Annual administration and progress report of the Indian Medical Department, Bombay
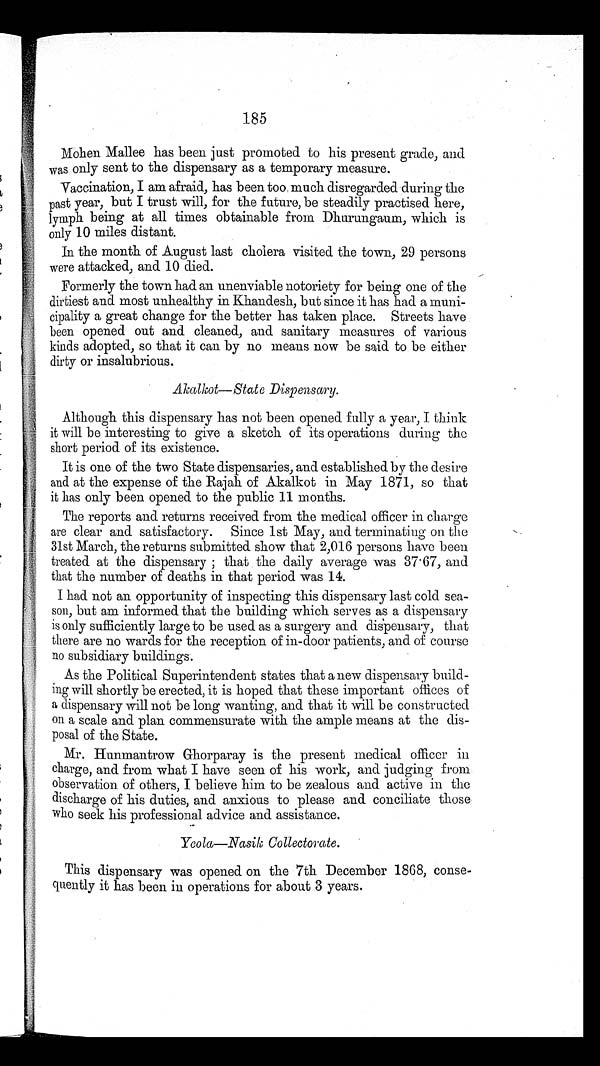
185
Mohen Mallee has been just promoted to his present grade, and
was only sent to the dispensary as a temporary measure.
Vaccination, I am afraid, has been too much disregarded during the
past year, but I trust will, for the future, be steadily practised here,
lymph being at all times obtainable from Dhurungaum, which is
only 10 miles distant.
In the month of August last cholera visited the town, 29 persons
were attacked, and 10 died.
Formerly the town had an unenviable notoriety for being one of the
dirtiest and most unhealthy in Khandesh, but since it has had a muni
-cipality a great change for the better has taken place. Streets have
been opened out and cleaned, and sanitary measures of various
kinds adopted, so that it can by no means now be said to be either
dirty or insalubrious.
Akalkot—State Dispensary.
Although this dispensary has not been opened fully a year, I think
it will be interesting to give a sketch of its operations during the
short period of its existence.
It is one of the two State dispensaries, and established by the desire
and at the expense of the Rajah of Akalkot in May 1871, so that
it has only been opened to the public 11 months.
The reports and returns received from the medical officer in charge
are clear and satisfactory. Since 1st May, and terminating on the
31st March, the returns submitted show that 2,016 persons have been
treated at the dispensary ; that the daily average was 37.67, and
that the number of deaths in that period was 14.
I had not an opportunity of inspecting this dispensary last cold sea
-
son, but am informed that the building which serves as a dispensary
is only sufficiently large to be used as a surgery and dispensary, that
there are no wards for the reception of in-door patients, and of course
no subsidiary buildings.
As the Political Superintendent states that a new dispensary build
-ing will shortly be erected, it is hoped that these important offices of
a dispensary will not be long wanting, and that it will be constructed
on a scale and plan commensurate with the ample means at the dis
-posal of the State.
Mr. Hunmantrow Ghorparay is the present medical officer in
charge, and from what I have seen of his work, and judging from
observation of others, I believe him to be zealous and active in the
discharge of his duties, and anxious to please and conciliate those
who seek his professional advice and assistance.
Yeola—Nasik Collectorate.
This dispensary was opened on the 7th December 1868, conse
-quently it has been in operations for about 3 years.